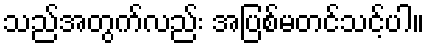
သည်အတွက်လည်း အပြစ်မတင်သင့်ပါ။